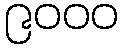
၉၀၀၀